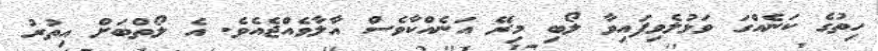
ހިތުގެ ކަނެއްގަ ވަޅުލެވިފައިވާ ލޯބި މިރޭ އަނެއްކާވެސް އާލާވެއްޖެއެވެ. އެ ލޯތްބަށް އިތުރު